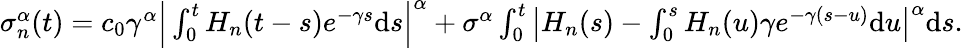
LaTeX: \begin{array}{r}{\sigma_{n}^{\alpha}(t)=c_{0}\gamma^{\alpha}\Big|\int_{0}^{t}H_{n}(t-s)e^{-\gamma s}\mathrm{d}s\Big|^{\alpha}+\sigma^{\alpha}\int_{0}^{t}\big|H_{n}(s)-\int_{0}^{s}H_{n}(u)\gamma e^{-\gamma(s-u)}\mathrm{d}u\big|^{\alpha}\mathrm{d}s.}\end{array}